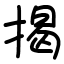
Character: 揭